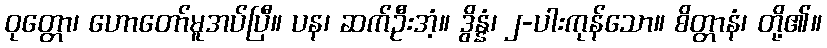
ဝုတ္တော၊ ဟောတော်မူအပ်ပြီ။ ပန၊ ဆက်ဦးအံ့။ ဒွိန္နံ၊ ၂-ပါးကုန်သော။ စိတ္တာနံ၊ တို့၏။